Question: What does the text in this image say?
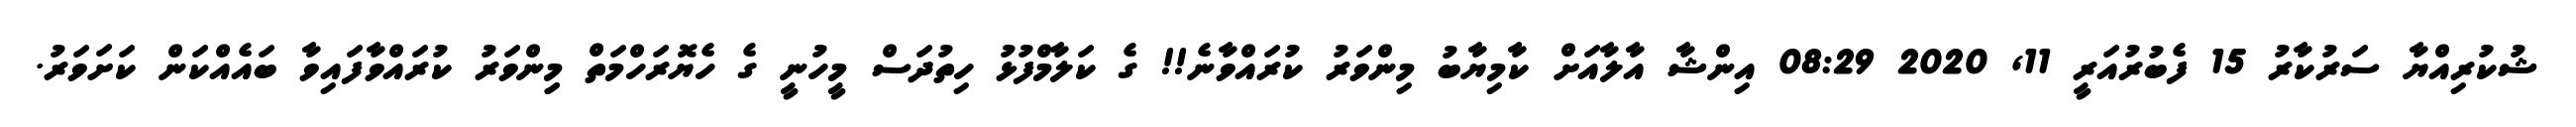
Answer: ޝުކުރިއްޔާ ސަރުކާރު 15 ފެބުރުއަރީ 11, 2020 08:29 އިންޝާ އާލާއަށް ކާމިޔާބު މިންވަރު ކުރައްވާނެ!! ގެ ކަލާމްފުޅު ހިތުދަސް މީހުނީ ގެ ހެޔޮރަހްމަތް މިިންވަރު ކުރައްވާފައިވާ ބައެއްކަން ކަށަވަރު.